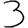
Digit: 3